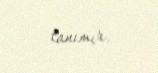
tanımır.